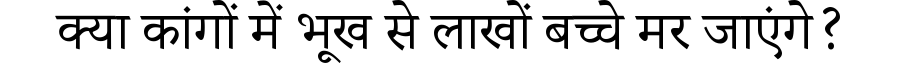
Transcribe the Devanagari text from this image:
क्या कांगों में भूख से लाखों बच्चे मर जाएंगे?